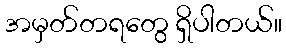
အမှတ်တရတွေ ရှိပါတယ်။